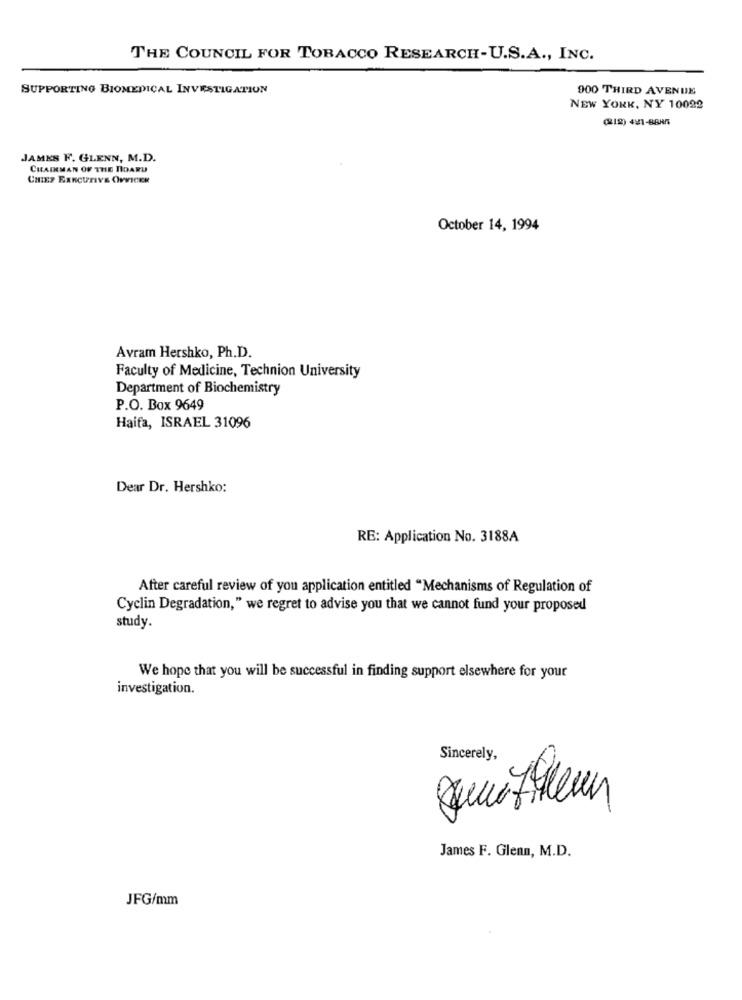
THE COUNCIL FOR TOBACCO RESEARCH-U.S.A ., INC.
SUPPORTING BIOMEDICAL INVESTIGATION
900 THIRD AVENUE
NEW YORK, NY 10092
(18) 4521-88855
JAMES F. GLENN, M.D.
CHAIRMAN OF THE BOARD
CHIEF EXECUTIVE OFFICER
October 14, 1994
Avram Hershko, Ph.D.
Faculty of Medicine, Technion University
Department of Biochemistry
P.O. Box 9649
Haifa, ISRAEL 31096
Dear Dr. Hershko:
RE: Application No. 3188A
After careful review of you application entitled "Mechanisms of Regulation of
Cyclin Degradation," we regret to advise you that we cannot fund your proposed
study.
We hope that you will be successful in finding support elsewhere for your
investigation.
Sincerely,
James F. Glenn, M.D.
JFG/mm